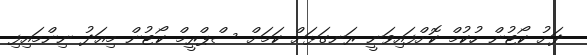
ދަށު ކޯޓުން ހުކުމް ކޮށްފައިވަނީ ރަނގަޅަށް ކަމަށް ސްޕްރީމް ކޯޓުން މިއަދު ނިންމައިފި